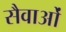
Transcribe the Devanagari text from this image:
सैवाओं